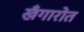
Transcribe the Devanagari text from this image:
खँगारोत